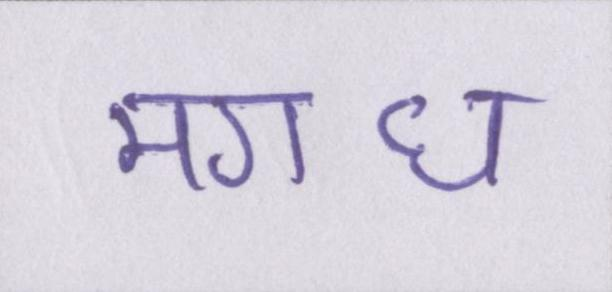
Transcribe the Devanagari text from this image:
मगध